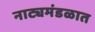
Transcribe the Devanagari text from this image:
नाट्यमंडळात